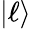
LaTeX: \vert\ell\rangle